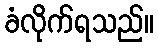
ခံလိုက်ရသည်။